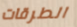
الطرقات